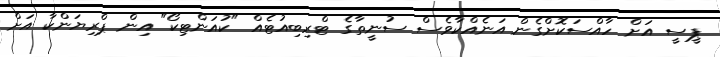
ޕީސީ އަށް ހާއްސަކޮށްގެން އަނެއްކާވެސް ސުނީތާގެ ޓްރިބިއުޓެއް "ކުއަންޓިކޯ" އިން ޕްރިޔަންކާ އަށް